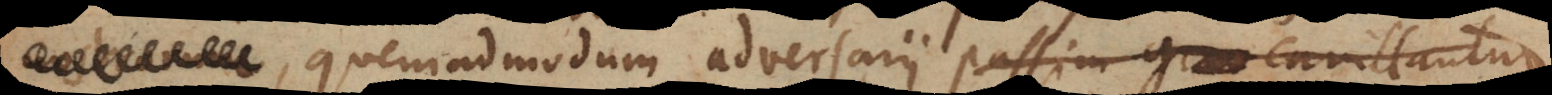
quemadmodum adversarii passim grav cavillantur